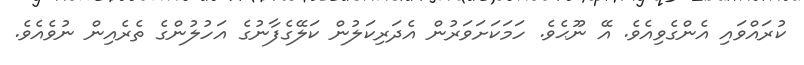
ކުރައްވައި އެންގެވިއެވެ. އޭ ނޫޙެވެ. ހަމަކަށަވަރުން އެދަރިކަލުން ކަލޭގެފާނުގެ އަހުލުންގެ ތެރެއިން ނުވެއެވެ.